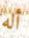
أله